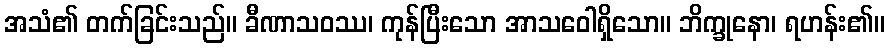
အသံ၏ တက်ခြင်းသည်။ ခီဏာသဝဿ၊ ကုန်ပြီးသော အာသဝေါရှိသော။ ဘိက္ခုနော၊ ရဟန်း၏။